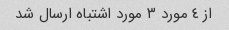
از ٤ مورد ٣ مورد اشتباه ارسال شد